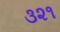
૩૨૧